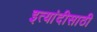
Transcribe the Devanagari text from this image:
इत्यांदीसाठी